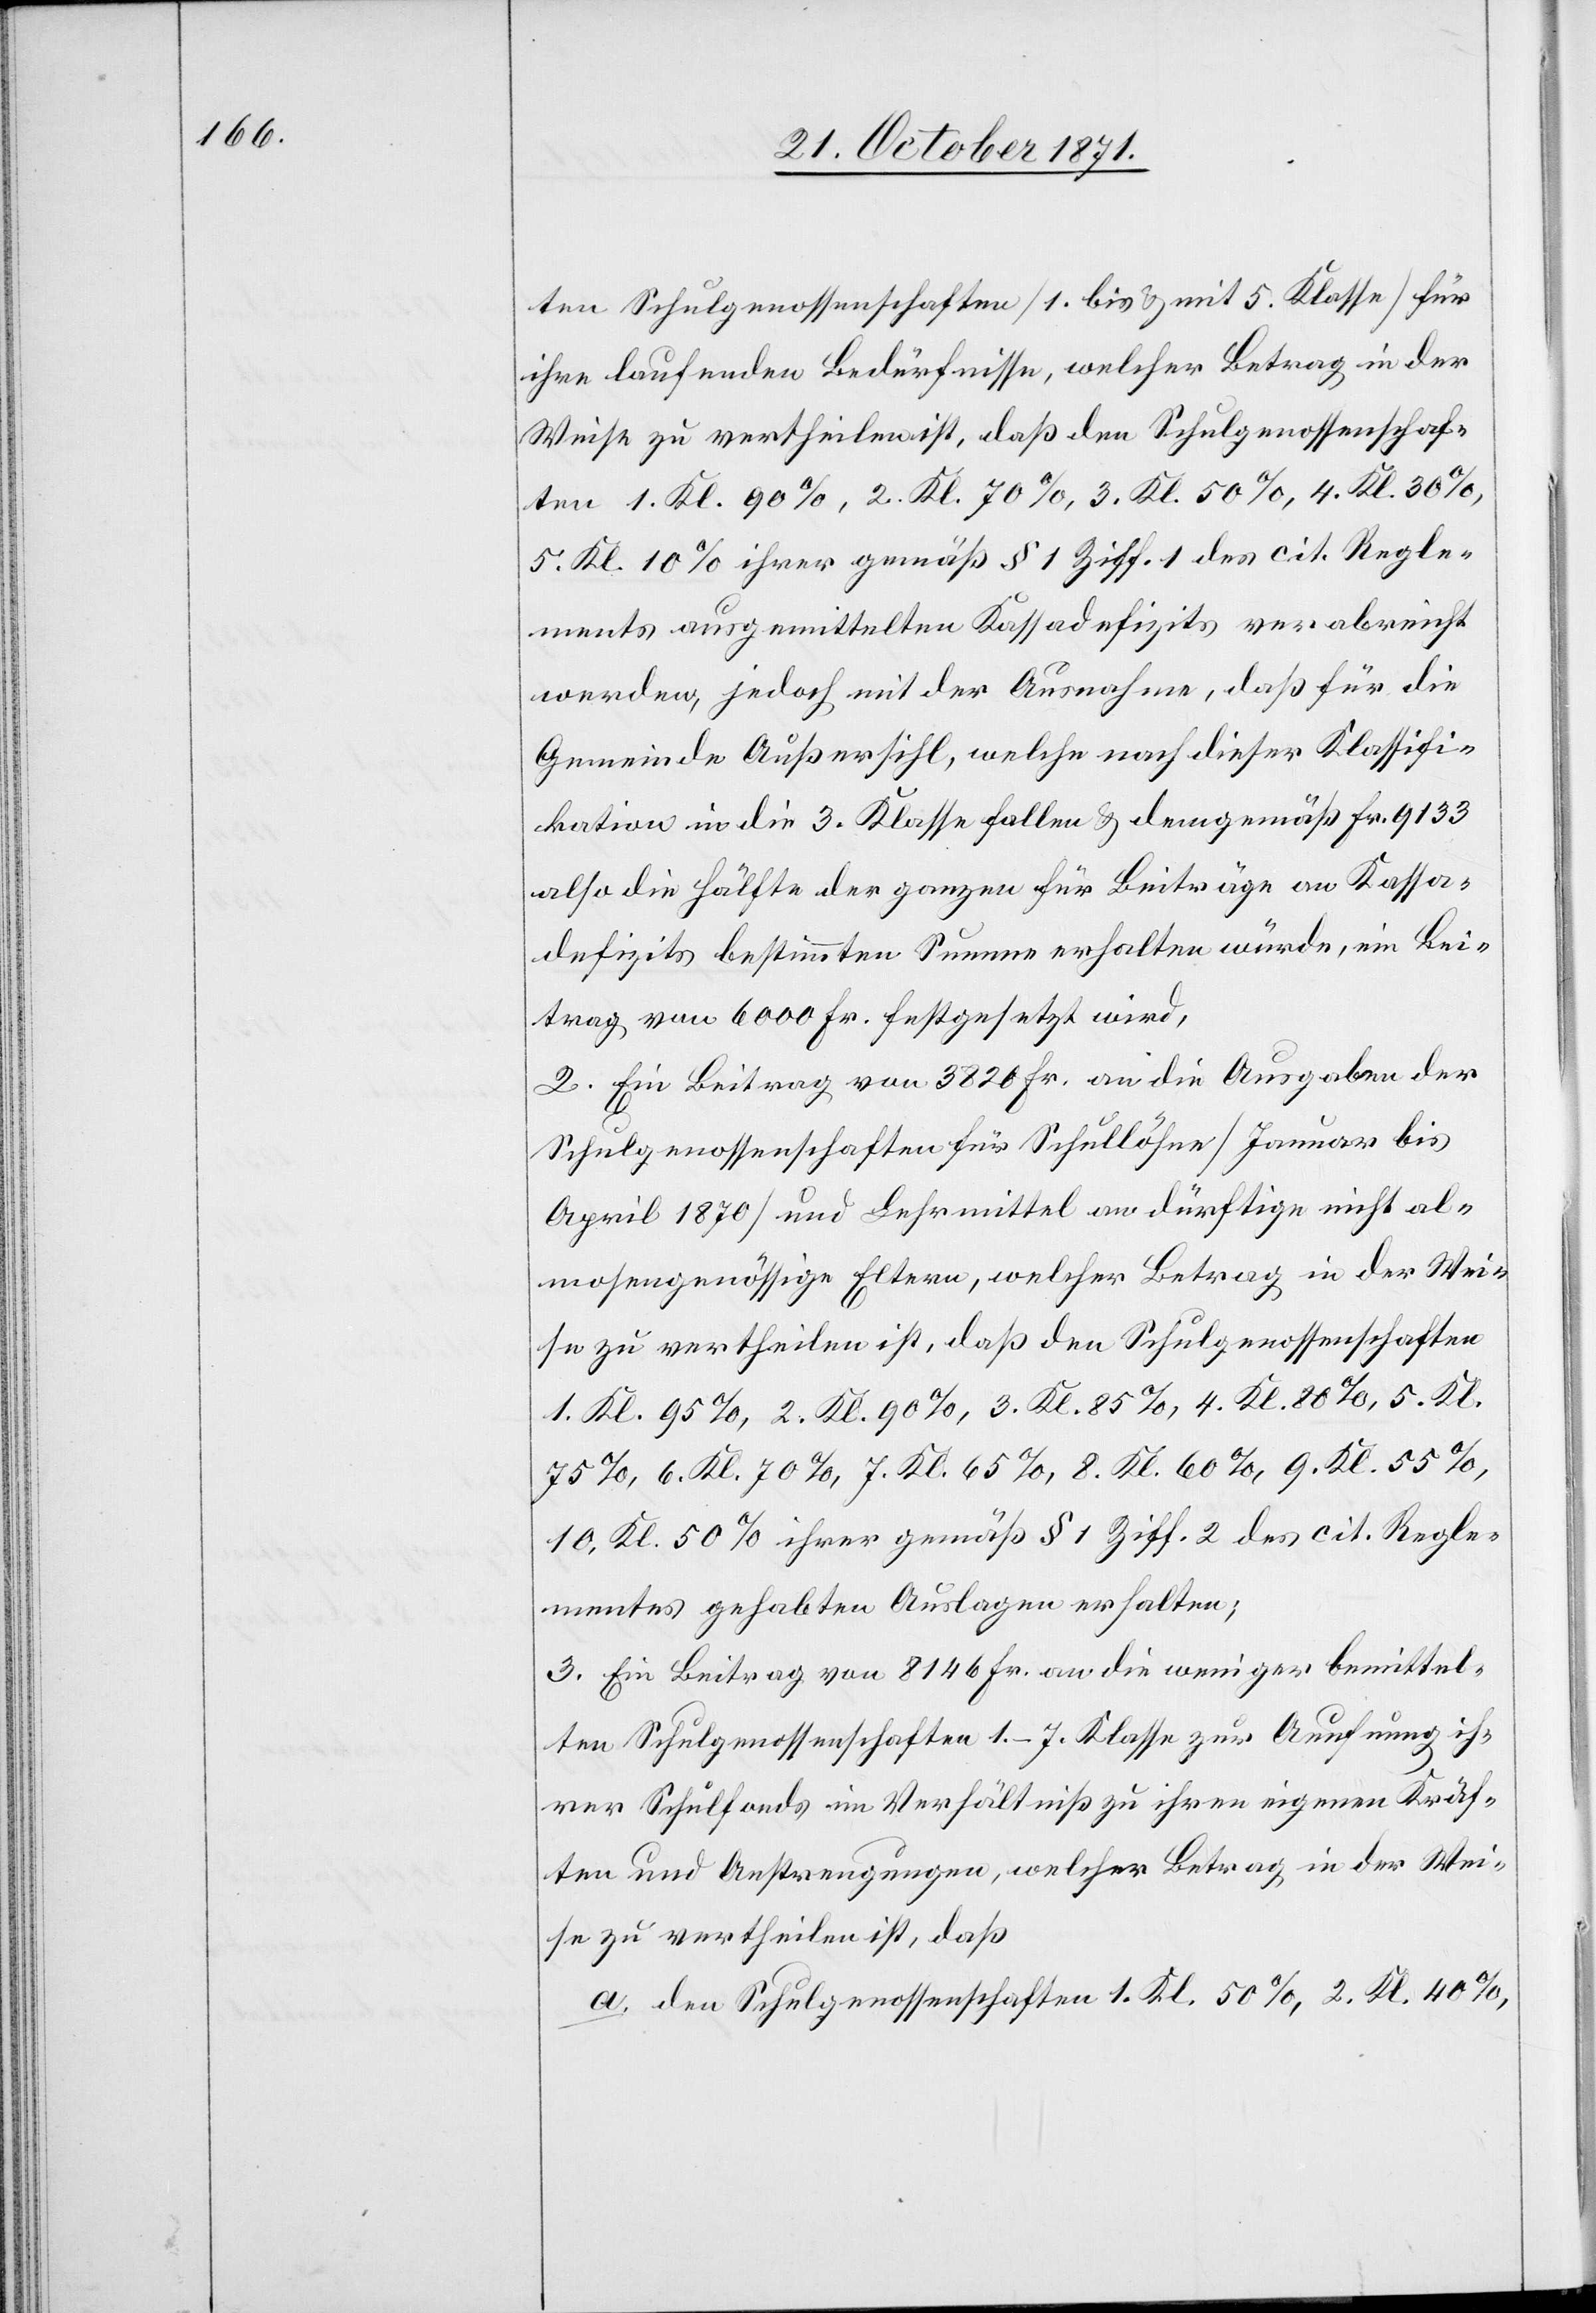
ten Schulgenossenschaften (1. bis & mit 5. Klasse) für
ihre laufenden Bedürfnisse, welcher Betrag in der
Weise zu vertheilen ist, daß den Schulgenossenschaf¬
ten 1. Kl. 90%, 2. Kl. 70%, 3. Kl. 50%, 4. Kl. 30%,
5. Kl. 10% ihrer gemäß § 1 Ziff. 1 des cit. Regle¬
ments ausgemittelten Kassadefizits verabreicht
werden, jedoch mit der Ausnahme, daß für die
Gemeinde Außersihl, welche nach dieser Klassifi¬
kation in die 3. Klasse fallen & demgemäß Fr. 9133
also die Hälfte der ganzen für Beiträge an Kassa¬
defizite bestimmten Summen erhalten würde, ein Bei¬
trag von 6000 Fr. festgesetzt wird,
2. Ein Beitrag von 3820 Fr. an die Ausgaben der
Schulgenossenschaften für Schullöhne (Januar bis
April 1870) und Lehrmittel an dürftige nicht al¬
mosengenössige Eltern, welcher Betrag in der Wei¬
se zu vertheilen ist, daß den Schulgenossenschaften
1. Kl. 95%, 2. Kl. 90%, 3. Kl. 85%, 4. Kl. 80%, 5. Kl.
75%, 6. Kl. 70%, 7. Kl. 65%, 8. Kl. 60%, 9. Kl. 55%,
10. Kl. 50% ihrer gemäß § 1 Ziff. 2 des cit. Regle¬
mentes gehabten Auslagen erhalten;
3. Ein Beitrag von 8146 Fr. an die weniger bemittel¬
ten Schulgenossenschaften 1.–7. Klasse zur Aeufnung ih¬
rer Schulfonds im Verhältniß zu ihren eigenen Kräf¬
ten und Anstrengungen, welcher Betrag in der Wei¬
se zu vertheilen ist, daß
a. den Schulgenossenschaften 1. Kl. 50%, 2. Kl. 40%,